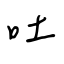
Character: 吐